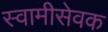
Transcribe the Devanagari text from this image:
स्वामीसेवक